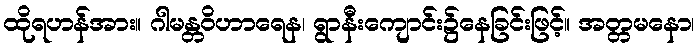
ထိုရဟန်အား။ ဂါမန္တဝိဟာရေန၊ ရွာနီးကျောင်း၌နေခြင်းဖြင့်။ အတ္တမနော၊